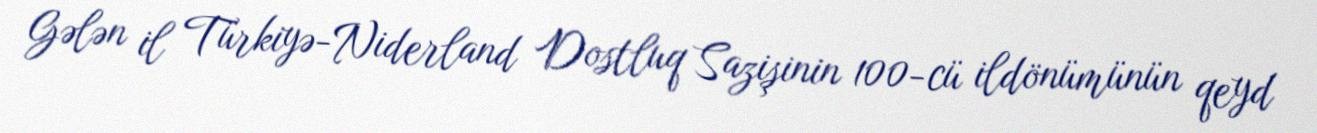
Gələn il Türkiyə-Niderland Dostluq Sazişinin 100-cü ildönümünün qeyd